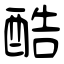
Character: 酷